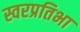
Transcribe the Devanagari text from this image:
स्वरप्रतिभा